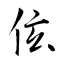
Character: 伭